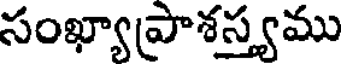
సంఖ్యాప్రాశస్త్యము